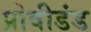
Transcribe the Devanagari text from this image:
प्रोवीडंड